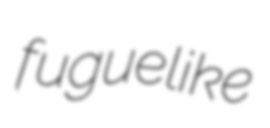
fuguelike